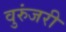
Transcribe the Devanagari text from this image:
वुरुंजरी